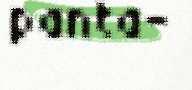
panta-